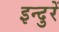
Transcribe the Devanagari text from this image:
इन्दुरें